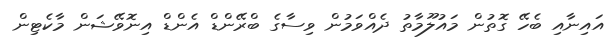
އައިނާއި ބެހޭ ގޮތުން މައުލޫމާތު ދެއްވަމުން ވިސާގެ ބްރޭންޑް އެންޑް އިނޮވޭޝަން މާކެޓިން